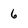
Character: 6